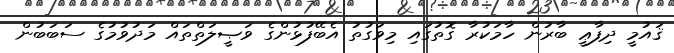
ޤައުމީ ދިފާޢީ ބާރުން ހާމަކުރާ ގޮތުގައި މިވަގުތު އެބޭފުޅުންގެ ވަޞީލަތްތައް މަދުވުމުގެ ސަބަބުން